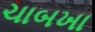
ચાબખા